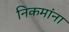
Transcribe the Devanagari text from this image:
निकमांना